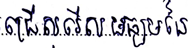
ជ្រើសរើសមធ្យមនៃ